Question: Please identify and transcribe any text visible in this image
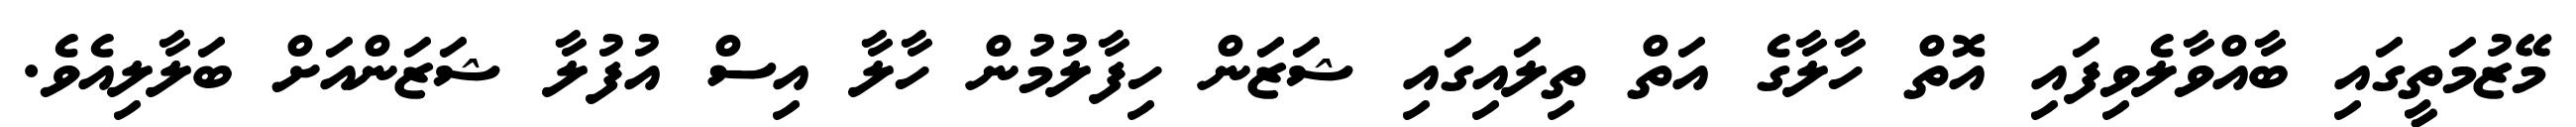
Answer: މޭޒުމަތީގައި ބާއްވާލެވިފައި އޮތް ހާލާގެ އަތް ތިލައިގައި ޝަޒަން ހިފާލުމުން ހާލާ އިސް އުފުލާ ޝަޒަންއަށް ބަލާލިއެވެ.